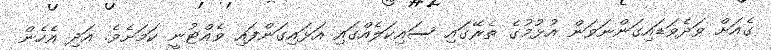
ގެއަށް ވަދެވަޑައިގަންނަވަން އުޅުމުގެ ތެރޭގައި ސައިކަލެއްގައި އަޅައިގަންފައި ވެއްޓުނީ ކަމަށެވެ. އަދި އެހެން